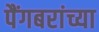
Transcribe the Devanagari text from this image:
पैंगबरांच्या